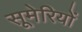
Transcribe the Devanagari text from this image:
सूमेरियों